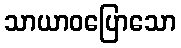
သာယာဝပြောသော